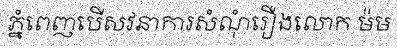
ភ្នំពេញបើសវនាការសំណុំរឿងលោក ម៉ម